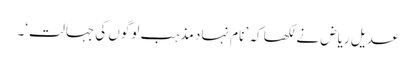
عدیل ریاض نے لکھا کہ ’ نام نہاد مذہب لوگوں کی جہالت‘۔